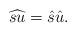
LaTeX: \begin{align*}\widehat{su}=\hat{s}\hat{u}. \end{align*}